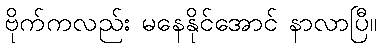
ဗိုက်ကလည်း မနေနိုင်အောင် နာလာပြီ။